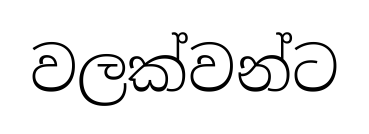
වලක්වන්ට